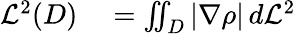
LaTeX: \begin{array}{rl}{{\mathcal{L}}^{2}(D)}&{{}=\iint_{D}|\nabla\rho|\, d{\mathcal{L}}^{2}}\end{array}